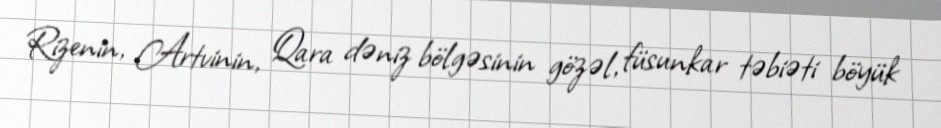
Rizenin, Artvinin, Qara dəniz bölgəsinin gözəl, füsunkar təbiəti böyük